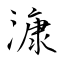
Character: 漮